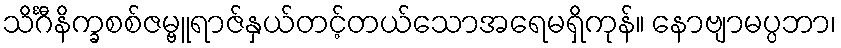
သိင်္ဂီနိက္ခစစ်ဇမ္ဗူရာဇ်နှယ်တင့်တယ်သောအရေမရှိကုန်။ နောဗျာမပ္ပဘာ၊